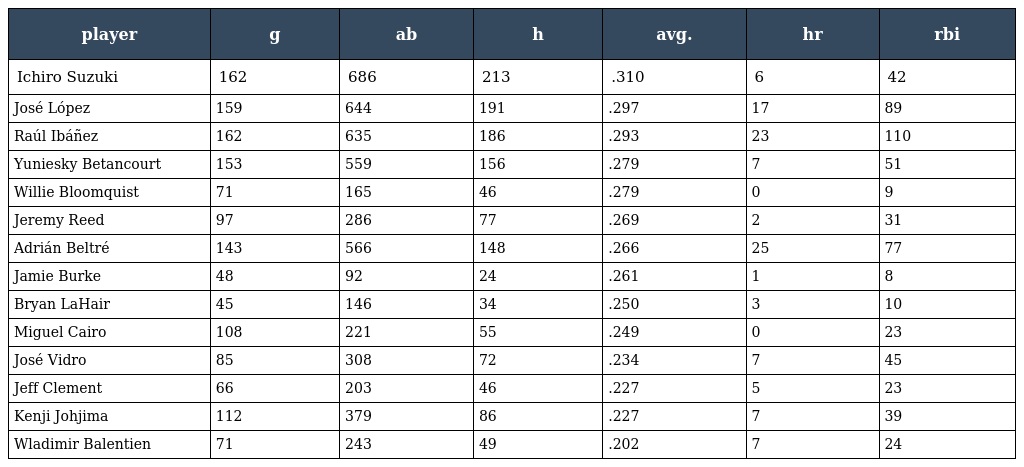
| player | g | ab | h | avg. | hr | rbi |
 | --- | --- | --- | --- | --- | --- | --- |
 | Ichiro Suzuki | 162 | 686 | 213 | .310 | 6 | 42 |
 | José López | 159 | 644 | 191 | .297 | 17 | 89 |
 | Raúl Ibáñez | 162 | 635 | 186 | .293 | 23 | 110 |
 | Yuniesky Betancourt | 153 | 559 | 156 | .279 | 7 | 51 |
 | Willie Bloomquist | 71 | 165 | 46 | .279 | 0 | 9 |
 | Jeremy Reed | 97 | 286 | 77 | .269 | 2 | 31 |
 | Adrián Beltré | 143 | 566 | 148 | .266 | 25 | 77 |
 | Jamie Burke | 48 | 92 | 24 | .261 | 1 | 8 |
 | Bryan LaHair | 45 | 146 | 34 | .250 | 3 | 10 |
 | Miguel Cairo | 108 | 221 | 55 | .249 | 0 | 23 |
 | José Vidro | 85 | 308 | 72 | .234 | 7 | 45 |
 | Jeff Clement | 66 | 203 | 46 | .227 | 5 | 23 |
 | Kenji Johjima | 112 | 379 | 86 | .227 | 7 | 39 |
 | Wladimir Balentien | 71 | 243 | 49 | .202 | 7 | 24 |